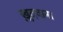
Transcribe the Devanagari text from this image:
ख़ुदवाना